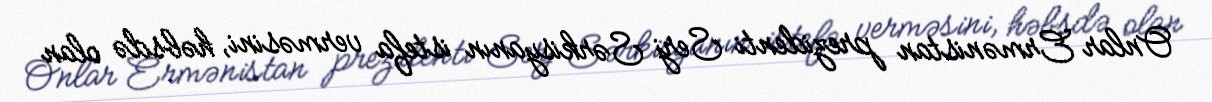
Onlar Ermənistan prezidenti Serj Sərkisyanın istefa verməsini, həbsdə olan